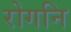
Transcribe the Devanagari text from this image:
रोगनि